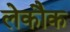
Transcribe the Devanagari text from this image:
लेकौक